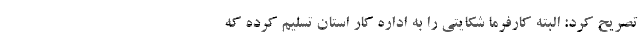
تصریح کرد: البته کارفرما شکایتی را به اداره کار استان تسلیم کرده که